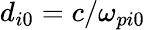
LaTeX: d_{i0}=c/\omega_{pi0}